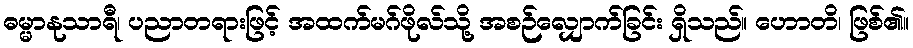
ဓမ္မာနုသာရီ၊ ပညာတရားဖြင့် အထက်မဂ်ဖိုလ်သို့ အစဉ်လျှောက်ခြင်း ရှိသည်။ ဟောတိ၊ ဖြစ်၏။